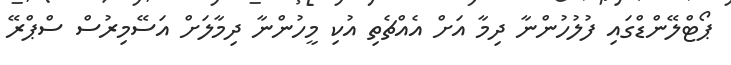
ޕޯޓްލޭންޑްގައި ފުލުހުންނާ ދިމާ އަށް އެއްޗެތި އުކި މީހުންނާ ދިމާލަށް އަސޭމިރުސް ސްޕްރޭ